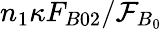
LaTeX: n_{1}\kappa F_{B02}/\mathcal{F}_{B_{0}}